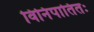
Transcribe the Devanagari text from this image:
विनिपातितः